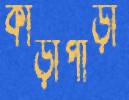
কাড়াপাড়া